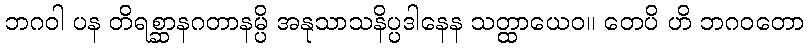
ဘဂဝါ ပန တိရစ္ဆာနဂတာနမ္ပိ အနုသာသနိပ္ပဒါနေန သတ္ထာယေဝ။ တေပိ ဟိ ဘဂဝတော